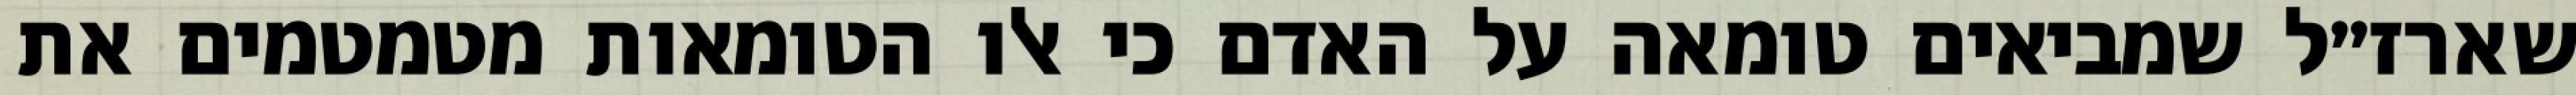
שארז״ל שמביאים טומאה על האדם כי אלו הטומאות מטמטמים את